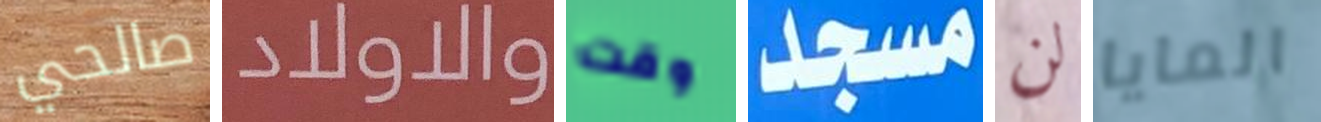
صالحي والاولاد وقت مسجد لن المايا